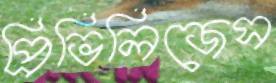
প্রিভিলিজেস